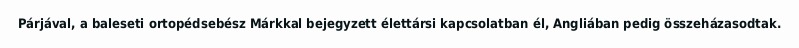
Párjával, a baleseti ortopédsebész Márkkal bejegyzett élettársi kapcsolatban él, Angliában pedig összeházasodtak.